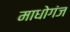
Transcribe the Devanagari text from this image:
माधोगंज